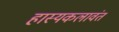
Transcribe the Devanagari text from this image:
हास्यकलावंत